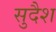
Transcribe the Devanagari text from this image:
सुदैश